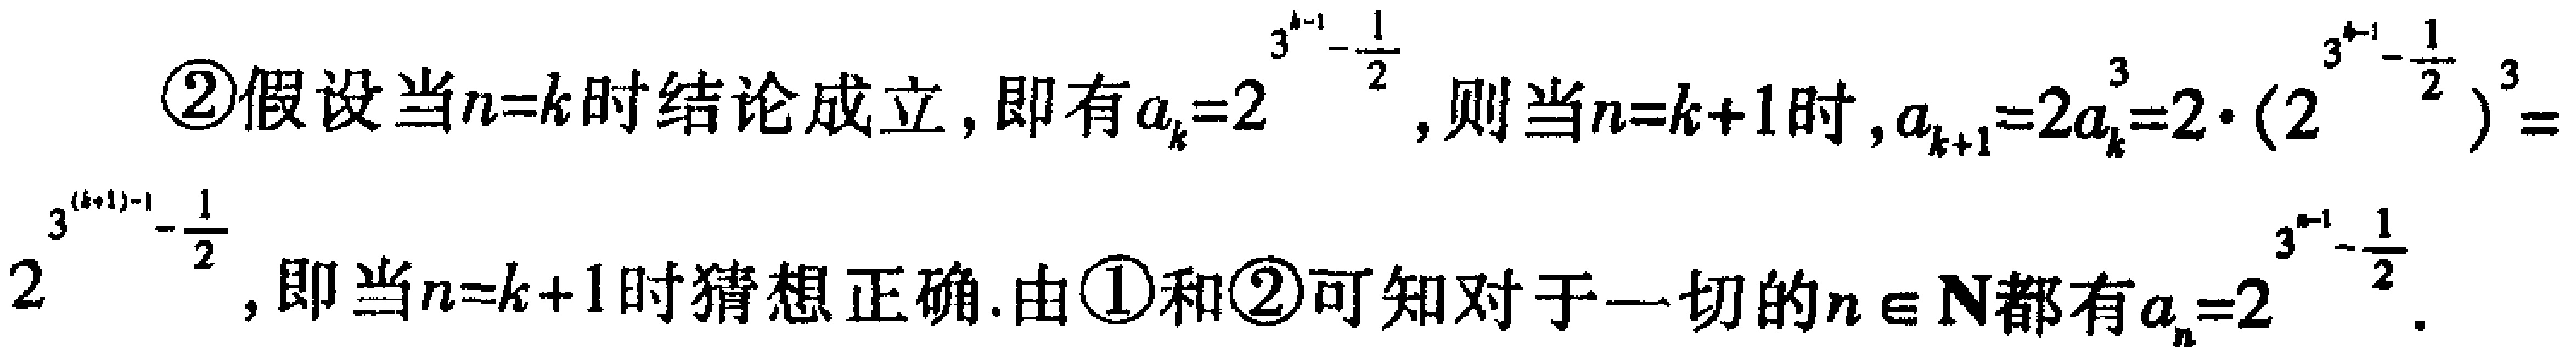
\textcircled{2}假设当\(n = k\)时结论成立，即有\(a_{k}=2^{3^{k - 1}-\frac{1}{2}}\)，则当\(n = k + 1\)时，\(a_{k + 1}=2a_{k}^{3}=2\cdot(2^{3^{k - 1}-\frac{1}{2}})^{3}=2^{3^{(k + 1)-1}-\frac{1}{2}}\)，即当\(n = k + 1\)时猜想正确. 由\textcircled{1}和\textcircled{2}可知对于一切的\(n\in\mathbf{N}\)都有\(a_{n}=2^{3^{n - 1}-\frac{1}{2}}\).